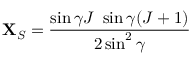
{ \bf X } _ { S } = \frac { \sin \gamma J \ \sin \gamma ( J + 1 ) } { 2 \sin ^ { 2 } \gamma } \,